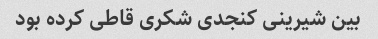
بین شیرینی کنجدی شکری قاطی کرده بود